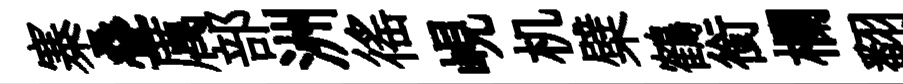
寨叠厲部洲徭峴机檗鶴銜欄翻瑰